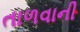
તાળવાની